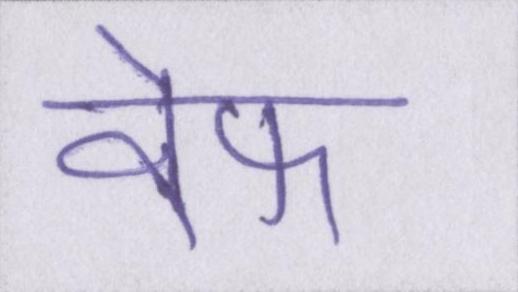
वेफ